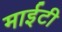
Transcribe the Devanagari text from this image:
माईटी